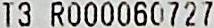
T3 R000060727